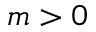
m > 0